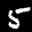
Label: 5